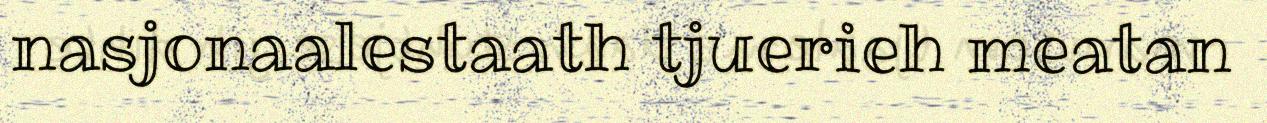
nasjonaalestaath tjuerieh meatan